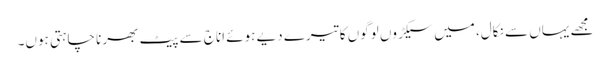
مجھے یہاں سے نکال، میں سیکڑوں لوگوں کا تیرے دیے ہوئے اناج سے پیٹ بھرنا چاہتی ہوں۔